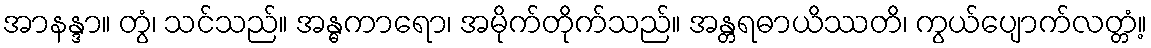
အာနန္ဒာ။ တွံ၊ သင်သည်။ အန္ဓကာရော၊ အမိုက်တိုက်သည်။ အန္တရဓာယိဿတိ၊ ကွယ်ပျောက်လတ္တံ့။